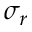
\sigma _ { r }